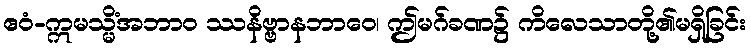
ဧဝံ-ဣမသ္မိံအဘာဝ ဿနိဗ္ဗာနဘာဝေ၊ ဤမဂ်ခဏ၌ ကိလေသာတို့၏မရှိခြင်း